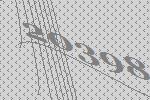
20398